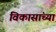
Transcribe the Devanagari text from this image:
विकासांच्या